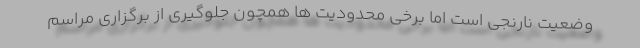
وضعیت نارنجی است اما برخی محدودیت ها همچون جلوگیری از برگزاری مراسم